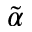
\tilde { \alpha }